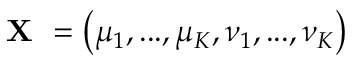
\textbf { X } = \left( \mu _ { 1 } , . . . , \mu _ { K } , \nu _ { 1 } , . . . , \nu _ { K } \right)